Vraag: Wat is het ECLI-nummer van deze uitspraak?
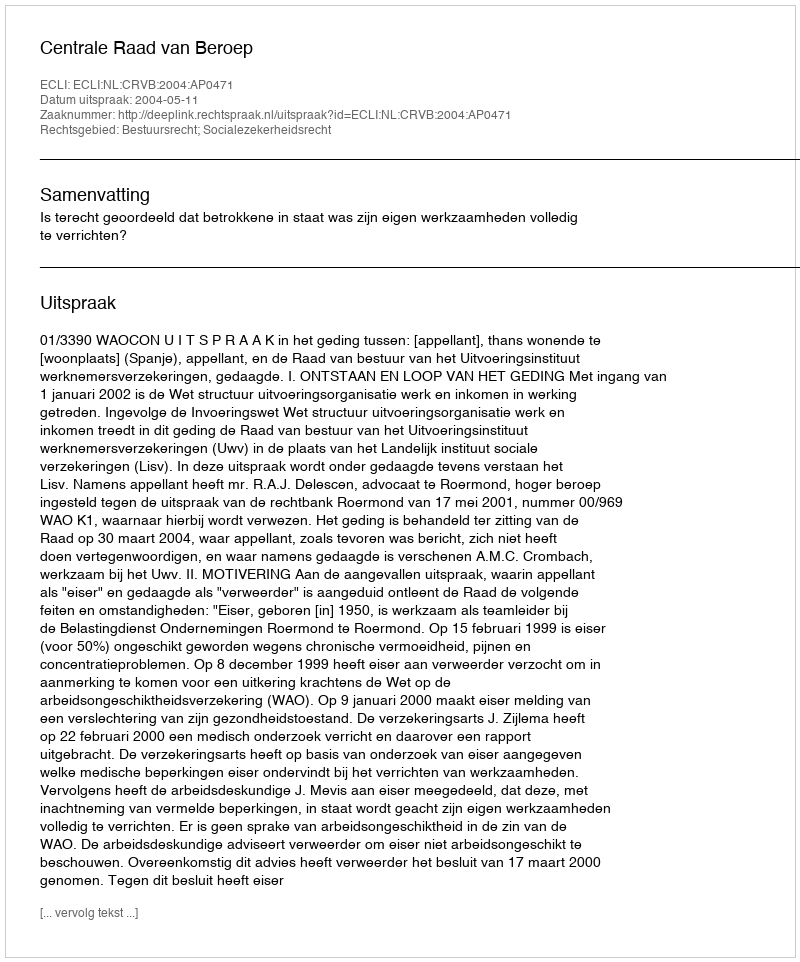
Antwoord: ECLI:NL:CRVB:2004:AP0471